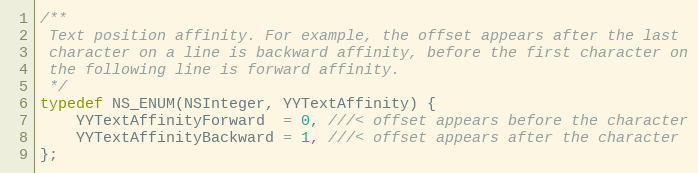
Language: C
/**
 Text position affinity. For example, the offset appears after the last
 character on a line is backward affinity, before the first character on
 the following line is forward affinity.
 */
typedef NS_ENUM(NSInteger, YYTextAffinity) {
    YYTextAffinityForward  = 0, ///< offset appears before the character
    YYTextAffinityBackward = 1, ///< offset appears after the character
};